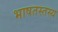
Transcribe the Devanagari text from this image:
भाषतस्तस्य